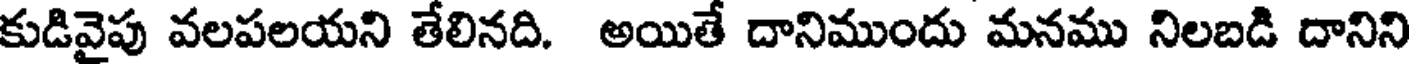
కుడివైపు వలపలయని తేలినది. అయితే దానిముందు మనము నిలబడి దానిని